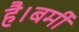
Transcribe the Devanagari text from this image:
है।बर्मी